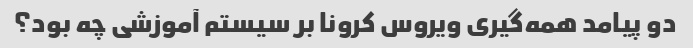
دو پیامد همه‌گیری ویروس کرونا بر سیستم آموزشی چه بود؟